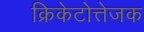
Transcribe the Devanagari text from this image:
क्रिकेटोत्तेजक